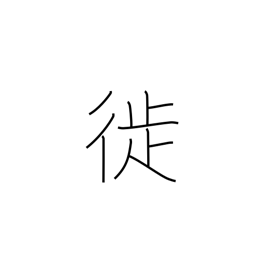
Meaning: move